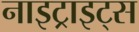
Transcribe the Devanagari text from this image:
नाइट्राइट्स